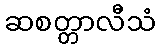
ဆစတ္တာလီသံ